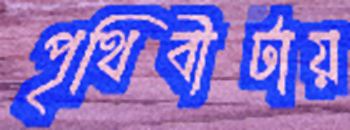
পৃথিবীটায়